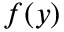
f ( y )